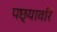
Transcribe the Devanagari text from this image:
पछ्यावरि